Annual administration report of the Civil Veterinary Department of India - 1895-1896
Year: 1895
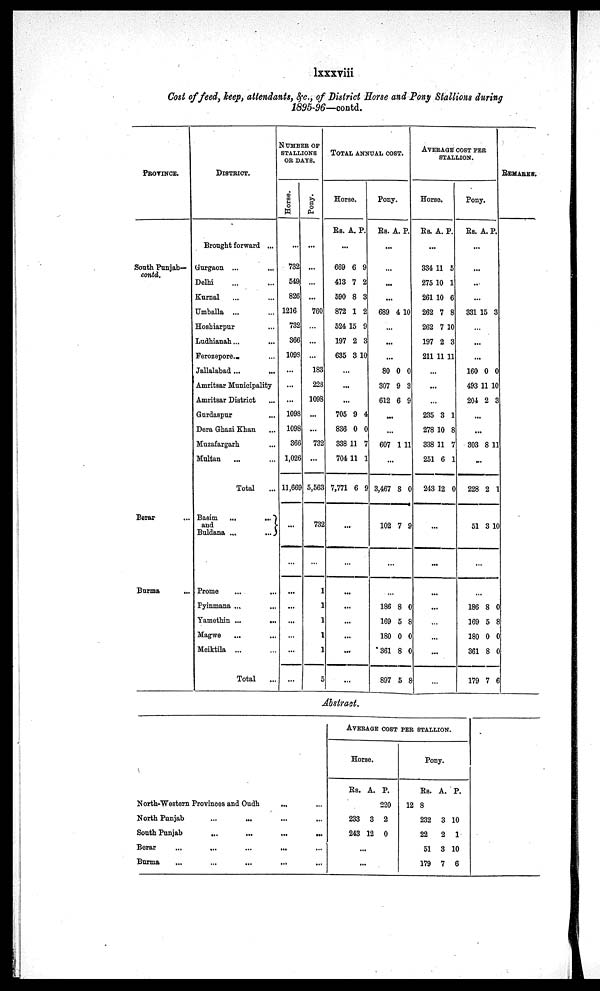
lxxxviii
Cost of feed, keep, attendants, &c., of District Horse and Pony Stallions during
1895-96—contd.
PROVINCE.
South Punjab—
contd.
Berar ...
Burma ...
DISTRICT.
Brought forward ...
Gurgaon ... ...
Delhi
Kurnal ... ...
Umballa ... ...
Hosbiarpur ...
Ludhianah... ...
Ferozepore ... ...
Jallalabad ... ...
Amritsar Municipality
Amritsar District ...
Gurdaspur ...
Dera Ghazi Khan ...
Muzafargarh ...
Multan ... ...
Total ...
Basim
...
...
and
Buldana ...
...
Prome ... ...
Pyinmana ... ...
Yamethin ...
...
Magwe ... ...
Meiktila ... ...
Total ...
NUMBER OF
STALLIONS
OR DAYS.
Horse.
...
732
549
826
1216
732
366
1093
...
...
...
1098
1098
366
1,026
11,669
...
...
...
...
...
...
...
...
Pony.
...
...
...
...
760
...
...
...
183
223
1098
...
...
732
...
5,563
732
...
...
...
...
...
...
5
TOTAL ANNUAL COST.
Horse.
Rs. A. P.
...
669
413
590
872
524
197
635
6
7
8
1
15
2
3
9
2
3
2
9
3
10
...
...
...
705
836
338
704
7,771
9
0
11
11
6
4
0
7
1
9
...
...
...
...
...
...
...
...
Pony.
Rs. A.
P.
...
...
...
...
689 4 10
...
...
...
80
307
612
0
9
6
0
3
9
...
...
607 1 11
...
3,467
102
8
7
0
9
...
...
186
169
180
361
897
8
5
0
8
5
0
8
0
0
8
AVERAGE COST PER
STALLION.
Horse.
Rs.
A. P.
...
334
275 1
261
262
262
197
211
11
0
10
7
7
2
11
5
1
6
8
10
3
11
...
...
...
235
278
338
251
243
3
10
11
6
12
1
8
7
1
0
...
...
...
...
...
...
...
...
Pony.
Rs.
A. P.
...
...
...
...
331 15 3
...
...
...
160
493
204
0
11
2
0
10
3
...
...
303 8 11
...
228
51
2
3
1
10
...
...
186
169
180
361
179
8
5
0
8
7
0
8
0
0
6
REMARKS.
Abstract.
North-Western Provinces and Oudh
... ...
North Punjab ... ... ...
South Punjab
...
...
...
...
Berar
...
...
...
...
Burma
...
...
...
...
AVERAGE COSTPER STALLION.
Horse.
Rs.
233
243
A.
3
12
P.
220
2
0
...
...
Pony.
Rs.
12 8
232
22
51
179
A.
3
2
3
7
P.
10
1
10
6